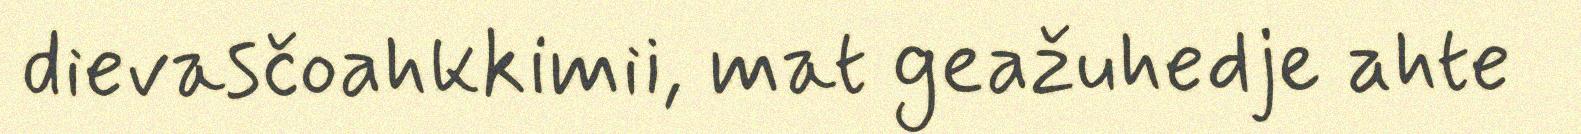
dievasčoahkkimii, mat geažuhedje ahte